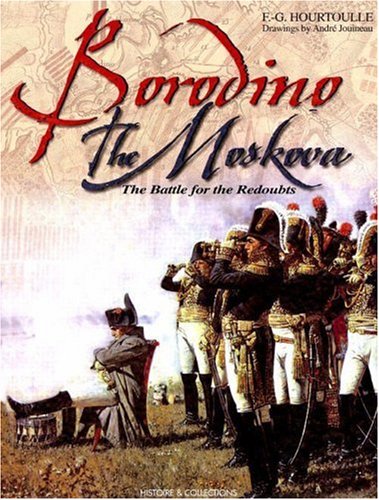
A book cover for Borodino, The Moscova: The Battle for the Redoubts; F. G. Hourtoulle; History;